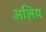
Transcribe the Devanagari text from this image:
अलिय